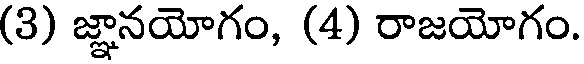
(3) జ్ఞానయోగం, (4) రాజయోగం.